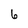
Character: 6